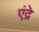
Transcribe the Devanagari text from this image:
एंद्रे